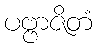
ပဗ္ဗာဇိတံ